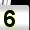
Digit: 5